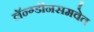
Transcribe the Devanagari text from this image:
लॅन्ग्डॉनसमवेत